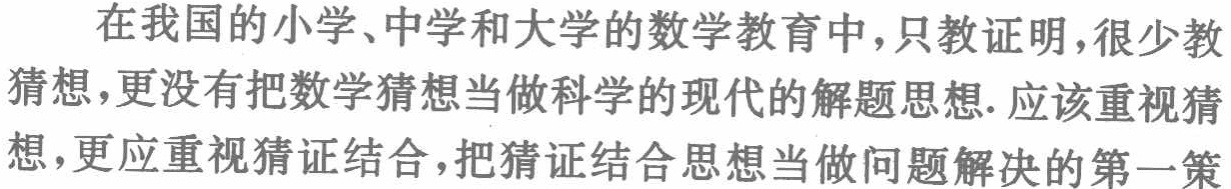
在我国的小学、中学和大学的数学教育中，只教证明，很少教猜想，更没有把数学猜想当做科学的现代的解题思想. 应该重视猜想，更应重视猜证结合，把猜证结合思想当做问题解决的第一策